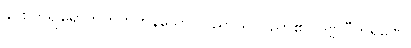
နှိပ်စက်၍ရောက်တတ်ကုန်သော။ ပညာယ၊ ပညာ၏။ ဒုဗ္ဗလီကရဏေ၊